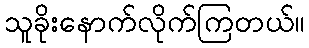
သူခိုးနောက်လိုက်ကြတယ်။